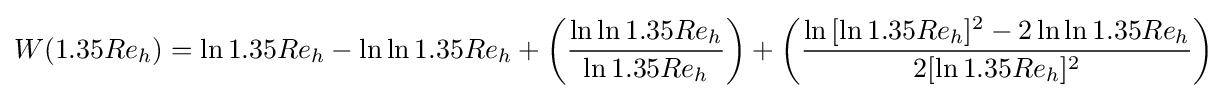
W(1.35Re_{h})=\ln {1.35Re_{h}}-\ln {\ln {1.35Re_{h}}}+\left({\frac {\ln {\ln {1.35Re_{h}}}}{\ln {1.35Re_{h}}}}\right)+\left({\frac {\ln {[\ln {1.35Re_{h}}]^{2}-2\ln {\ln {1.35Re_{h}}}}}{2[\ln {1.35Re_{h}}]^{2}}}\right)